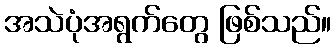
အသဲပုံအရွက်တွေ ဖြစ်သည်။